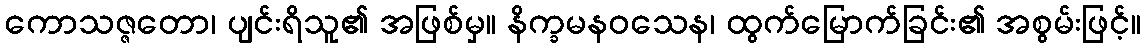
ကောသဇ္ဇတော၊ ပျင်းရိသူ၏ အဖြစ်မှ။ နိက္ခမနဝသေန၊ ထွက်မြောက်ခြင်း၏ အစွမ်းဖြင့်။